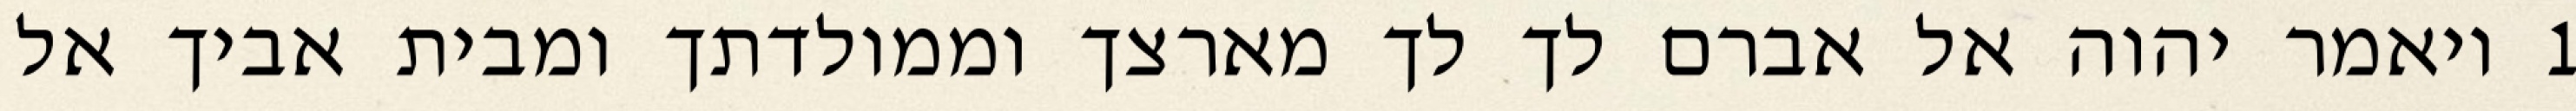
1 ויאמר יהוה אל אברם לך לך מארצך וממולדתך ומבית אביך אל